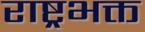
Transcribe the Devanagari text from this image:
राष्ट्रभक्त